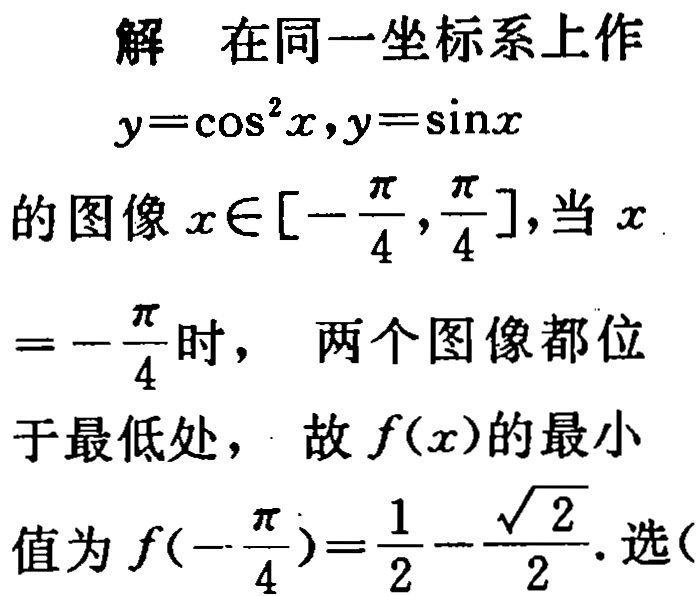
解 在同一坐标系上作
\(y = \cos^{2}x,y = \sin x\)
的图像\(x\in[-\frac{\pi}{4},\frac{\pi}{4}]\)，当\(x = -\frac{\pi}{4}\)时， 两个图像都位于最低处， 故\(f(x)\)的最小值为\(f(-\frac{\pi}{4})=\frac{1}{2}-\frac{\sqrt{2}}{2}\). 选(